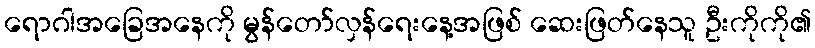
ရောဂါအခြေအနေကို မွန်တော်လှန်ရေးနေ့အဖြစ် ဆေးဖြတ်နေသူ ဦးကိုကို၏